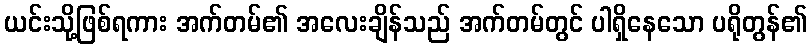
ယင်းသို့ဖြစ်ရကား အက်တမ်၏ အလေးချိန်သည် အက်တမ်တွင် ပါရှိနေသော ပရိုတွန်၏